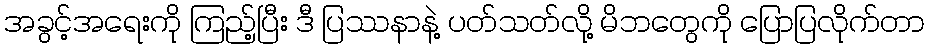
အခွင့်အရေးကို ကြည့်ပြီး ဒီ ပြဿနာနဲ့ ပတ်သတ်လို့ မိဘတွေကို ပြောပြလိုက်တာ